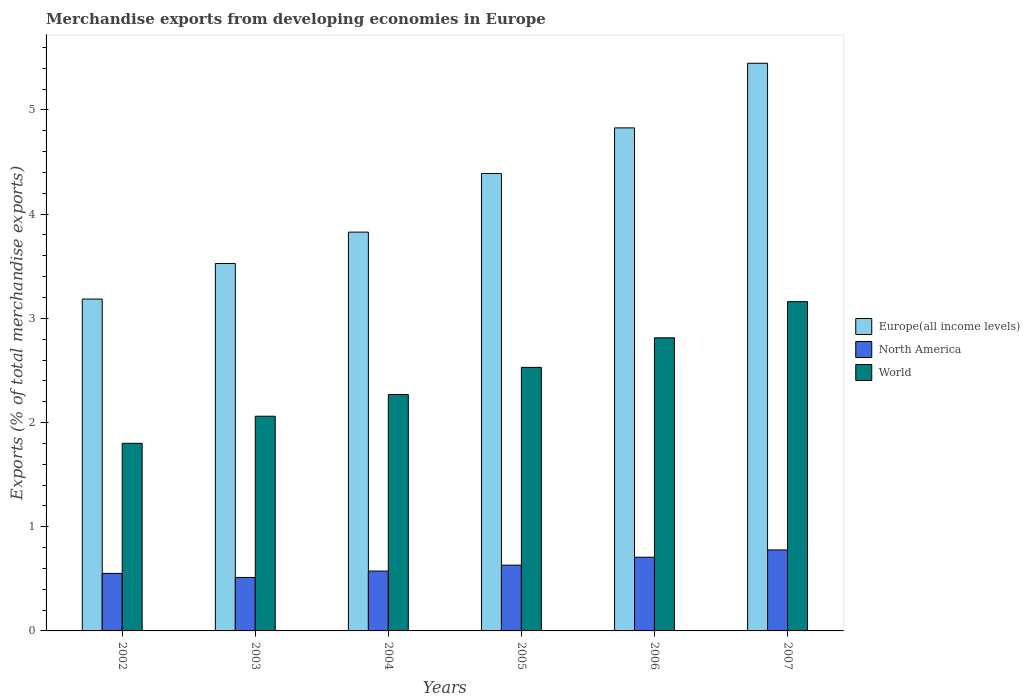
| Years | Europe(all income levels) | North America | World |
 | --- | --- | --- | --- |
 | 2002 | 3.18 | 0.552 | 1.8 |
 | 2003 | 3.53 | 0.513 | 2.06 |
 | 2004 | 3.83 | 0.575 | 2.27 |
 | 2005 | 4.39 | 0.631 | 2.53 |
 | 2006 | 4.83 | 0.707 | 2.81 |
 | 2007 | 5.45 | 0.777 | 3.16 |